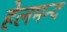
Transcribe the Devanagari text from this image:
हेलमन्द